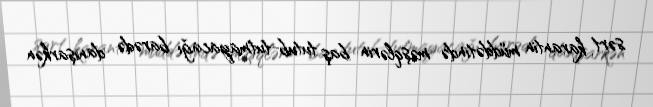
sərt karantin müddətində məşqlərin baş tutub-tutmayacağı barədə danışarkən